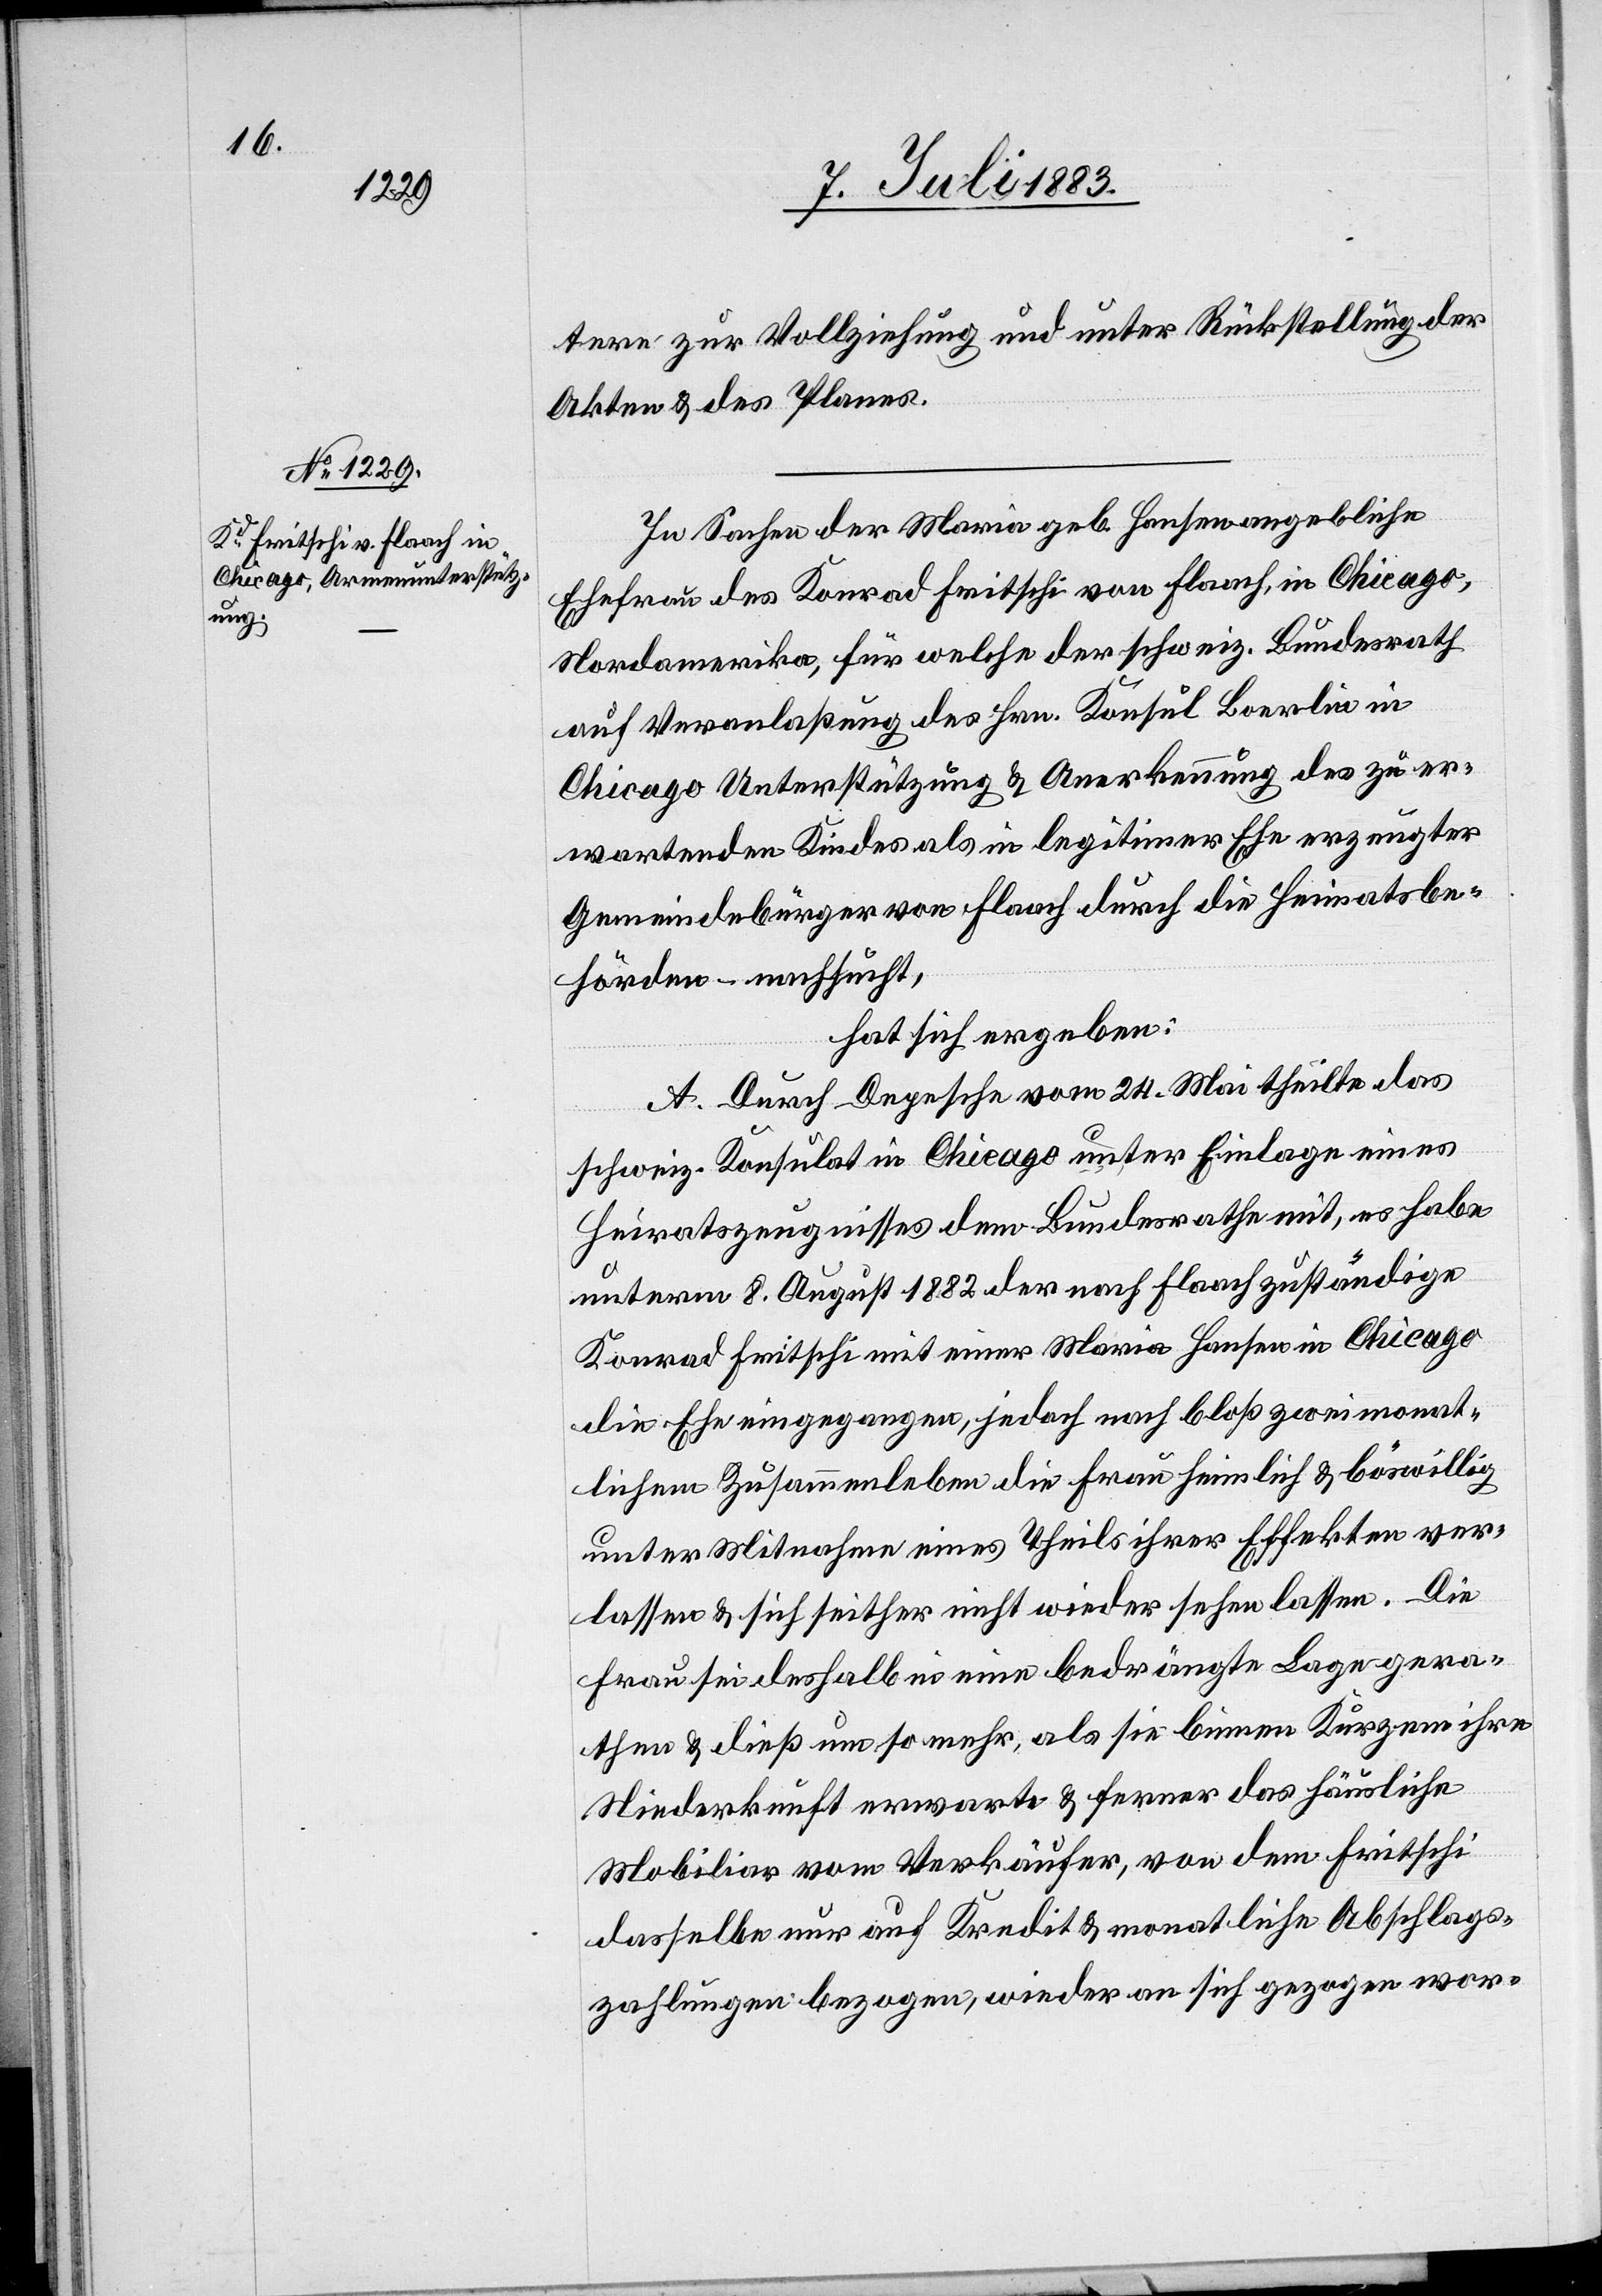
tere zur Vollziehung und unter Rückstellung der
Akten und des Planes.
In Sachen der Maria geb. Hausen angebliche
Ehefrau des Konrad Fritschi von Flaach, in Chicago,
Nordamerika, für welche der schweiz. Bundesrath
auf Veranlaßung des Hrn. Konsul Boerlin in
Chicago Unterstützung & Anerkennung des zu er¬
wartenden Kindes als in legitimer Ehe erzeugter
Gemeindebürger von Flaach durch die Heimatsbe¬
hörden – nachsucht,
hat sich ergeben:
A. Durch Depesche vom 24. Mai theilte das
schweiz. Konsulat in Chicago unter Einlage eines
Heiratszeugnisses dem Bundesrathe mit, es habe
unterm 8. August 1882 der nach Flaach zuständige
Konrad Fritschi mit einer Maria Hausen in Chicago
eine Ehe eingegangen, jedoch nach bloß zweimonat¬
lichem Zusammenleben die Frau heimlich & böswillig
unter Mitnahme eines Theils ihrer Effekten ver¬
lassen & sich seither nicht wieder sehen lassen. Die
Frau sei deshalb in eine bedrängte Lage gera¬
then & dieß um so mehr, als sie binnen Kurzem ihre
Niederkunft erwarte & ferner das häusliche
Mobiliar vom Verkäufer, von dem Fritschi
dasselbe nur auf Kredit & monatliche Abschlag¬
zahlungen bezogen, wieder an sich gezogen wor-